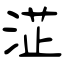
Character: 淽